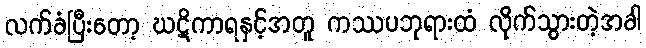
လက်ခံပြီးတော့ ဃဋိကာရနှင့်အတူ ကဿပဘုရားထံ လိုက်သွားတဲ့အခါ